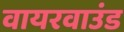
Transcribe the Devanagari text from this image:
वायरवाउंड